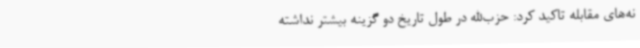
نه‌های مقابله تاکید کرد: حزب‌الله در طول تاریخ دو گزینه بیشتر نداشته